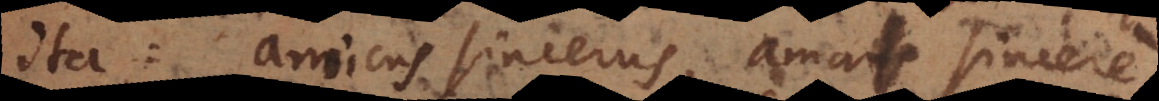
ita: Amicus sincerus, amare sincere.